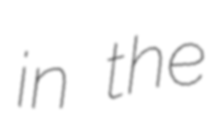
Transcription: in the